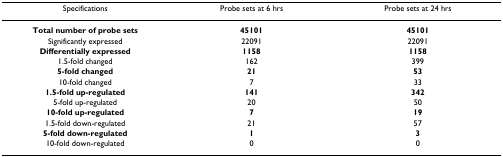
| Specifications | Probe sets at 6 hrs | Probe sets at 24 hrs |
 | --- | --- | --- |
 | Total number of probe sets | 45101 | 45101 |
 | Significantly expressed | 22091 | 22091 |
 | Differentially expressed | 1158 | 1158 |
 | 1.5-fold changed | 162 | 399 |
 | 5-fold changed | 21 | 53 |
 | 10-fold changed | 7 | 33 |
 | 1.5-fold up-regulated | 141 | 342 |
 | 5-fold up-regulated | 20 | 50 |
 | 10-fold up-regulated | 7 | 19 |
 | 1.5-fold down-regulated | 21 | 57 |
 | 5-fold down-regulated | 1 | 3 |
 | 10-fold down-regulated | 0 | 0 |